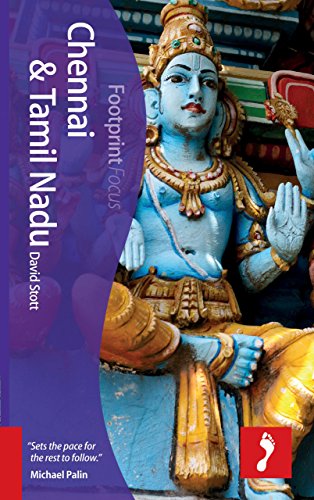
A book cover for Chennai & Tamil Nadu Focus Guide (Footprint Focus); David Stott; Travel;